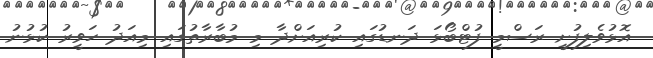
އޮޅުވެލިފުށީ ރަސްމީ ފުޓްބޯޅަ ދަނޑުގައި ކުރިއަށްދާ މި މުބާރާތުގައި މިއަދު ހަވީރު ކުޅުނު